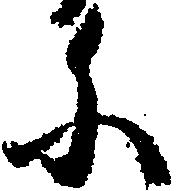
に